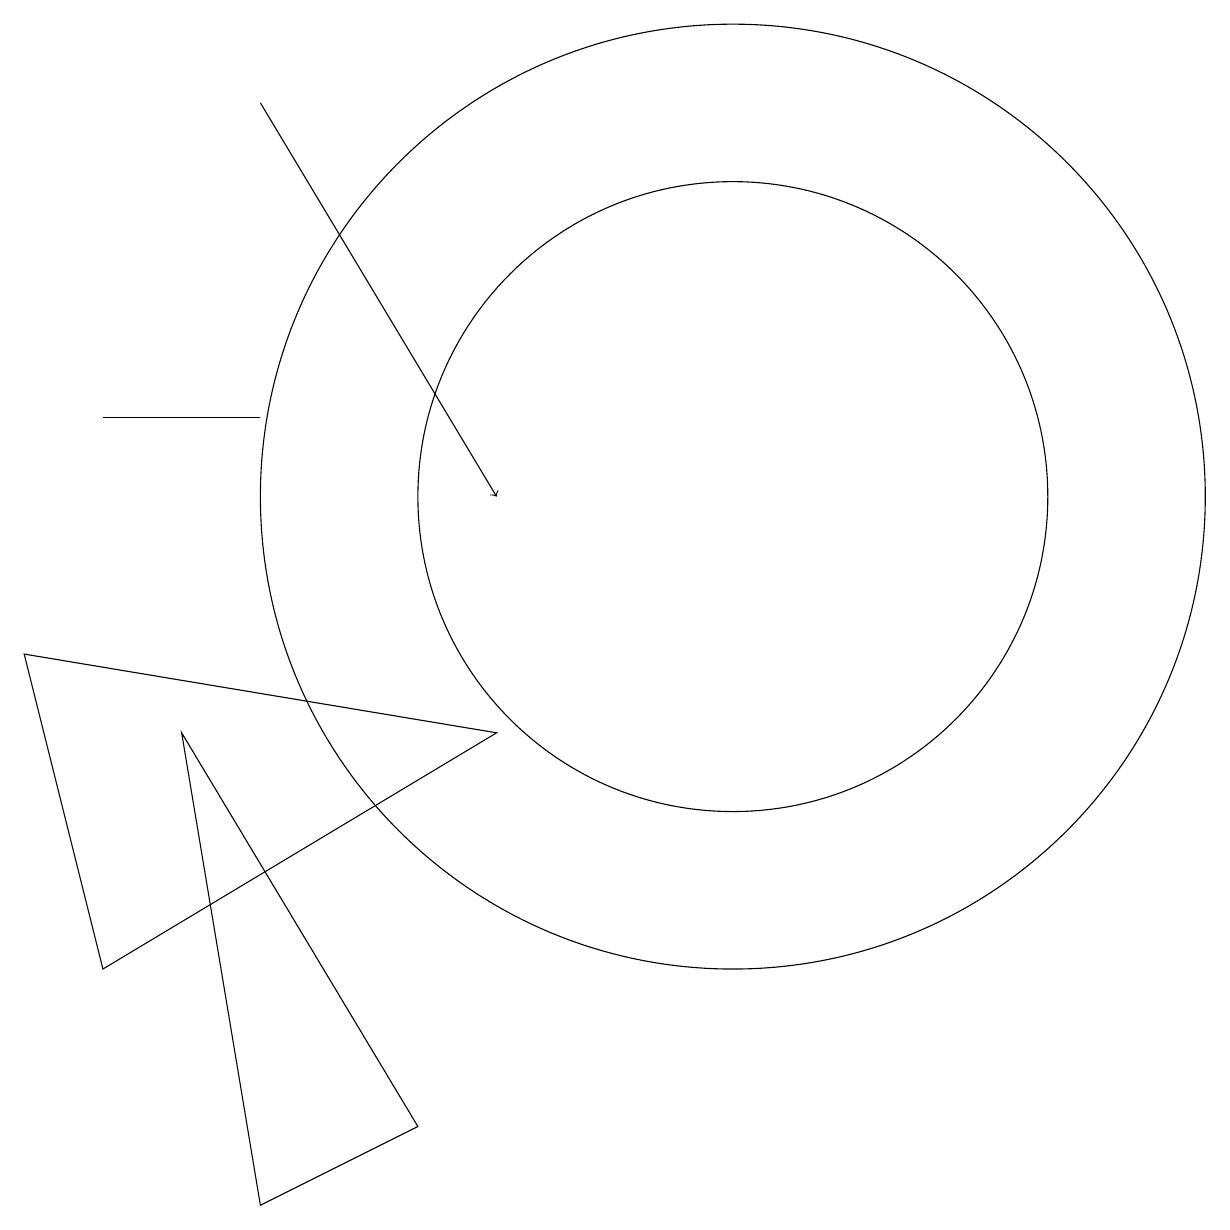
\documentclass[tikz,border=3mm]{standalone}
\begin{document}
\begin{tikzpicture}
\draw (3,12) rectangle (5,12);
\draw (11,11) circle (6);
\draw (11,11) circle (4);
\draw (8,8) -- (3,5) -- (2,9) -- cycle;
\draw[->] (5,16) -- (8,11);
\draw (5,2) -- (7,3) -- (4,8) -- cycle;
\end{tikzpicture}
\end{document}